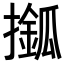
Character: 𢶎